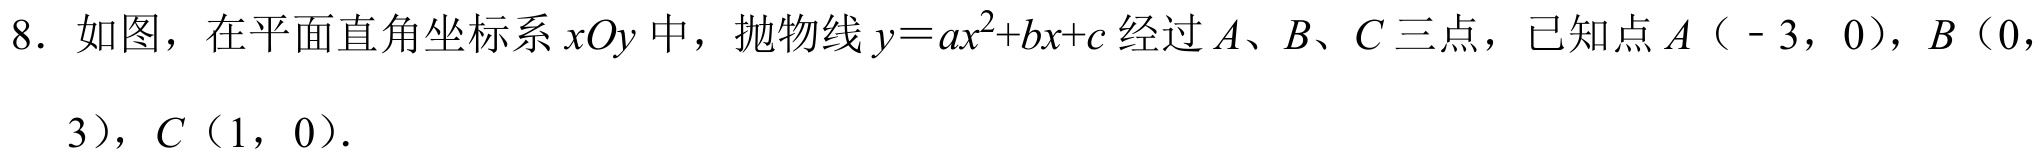
8. 如图，在平面直角坐标系\(xOy\)中，抛物线\(y = ax^{2}+bx + c\)经过\(A、B、C\)三点，已知点\(A（ - 3，0）\)，\(B（0，3）\)，\(C（1，0）\).